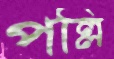
পল্লি